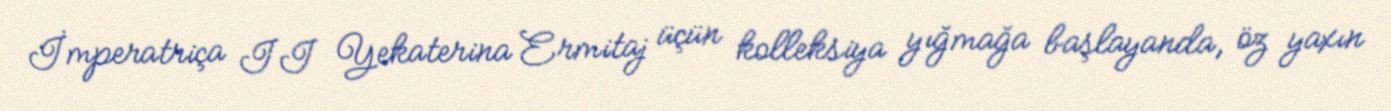
İmperatriça II Yekaterina Ermitaj üçün kolleksiya yığmağa başlayanda, öz yaxın